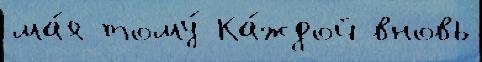
ма́я тому́ Ка́ждой вновь